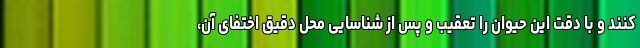
کنند و با دقت این حیوان را تعقیب و پس از شناسایی محل دقیق اختفای آن،